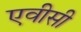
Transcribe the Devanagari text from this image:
एवीसी